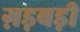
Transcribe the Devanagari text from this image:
ग़ड़बड़ी